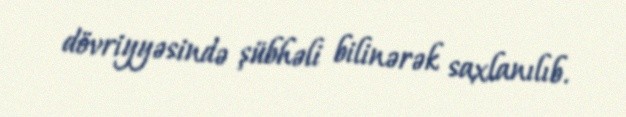
dövriyyəsində şübhəli bilinərək saxlanılıb.